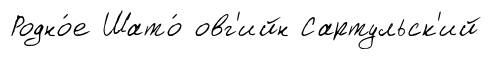
Родно́е Шато́ овг'ийн Сартульск'ий